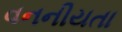
વનનીયતા